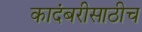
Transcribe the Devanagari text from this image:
कादंबरीसाठीच